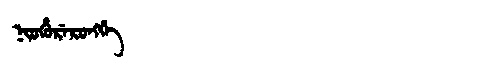
Manchu: ᠨᡳᠣᡥᡠᡵᡝᡵᠣᠩᡤᡝ
Romanization: NIOHURERONGGE